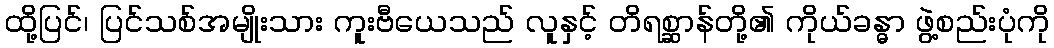
ထို့ပြင်၊ ပြင်သစ်အမျိုးသား ကူးဗီယေသည် လူနှင့် တိရစ္ဆာန်တို့၏ ကိုယ်ခန္ဓာ ဖွဲ့စည်းပုံကို